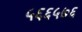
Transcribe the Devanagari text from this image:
५६६५७६